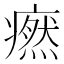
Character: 𤺱